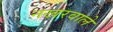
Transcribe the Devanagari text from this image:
नखरवाले